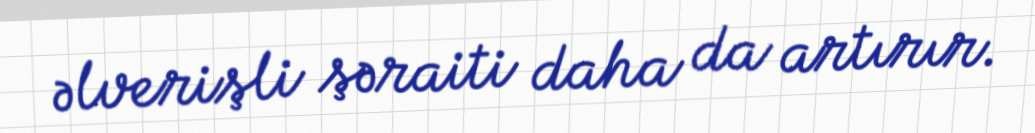
əlverişli şəraiti daha da artırır.